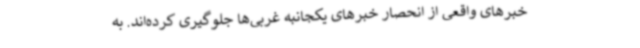
خبرهای واقعی از انحصار خبرهای یکجانبه غربی‌ها جلوگیری کرده‌اند. به